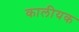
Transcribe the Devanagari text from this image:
कालीयक